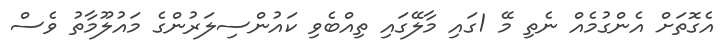
އެގޮތަށް އެންގުމެއް ނެތި މޭ 1ގައި މާލޭގައި ތިއްބެވި ކައުންސިލަރުންގެ މައުލޫމާތު ވެސް